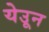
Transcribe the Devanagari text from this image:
येउून